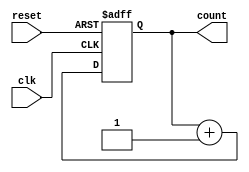
module binary_up_counter #(
    parameter n = 4  // Parameter to define the bit width of the counter
)(
    input wire clk,       // Clock signal
    input wire reset,     // Asynchronous reset signal
    output reg [n-1:0] count // n-bit output representing the current count value
);

// Asynchronous reset and synchronous counting
always @(posedge clk or posedge reset) begin
    if (reset) begin
        count <= 0; // Reset the counter to 0
    end else begin
        count <= count + 1; // Increment the counter
    end
end

endmodule